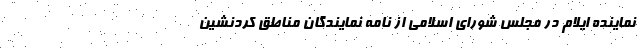
نماینده ایلام در مجلس شورای اسلامی از نامه ‌نمایندگان مناطق کردنشین